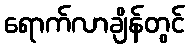
ရောက်လာချိန်တွင်